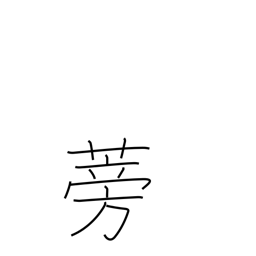
Meaning: burdock